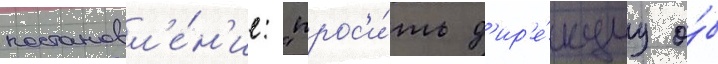
постановл'е́н'ие: "прос'и́ть д'ир'е́кциу о́б